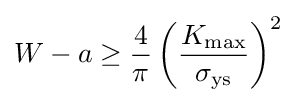
W-a\geq {\frac {4}{\pi }}\left({K_{\rm {max}} \over \sigma _{\rm {ys}}}\right)^{2}